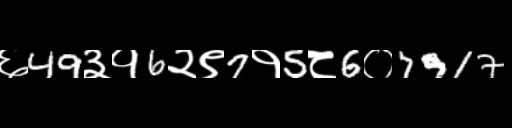
Text: ६49३१6२९7१5८6०7917